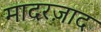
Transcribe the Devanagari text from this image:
मादरज़ाद